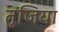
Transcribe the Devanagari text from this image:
तूजिया